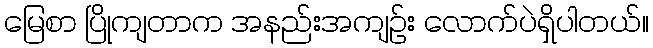
မြေစာ ပြိုကျတာက အနည်းအကျဉ်း လောက်ပဲရှိပါတယ်။